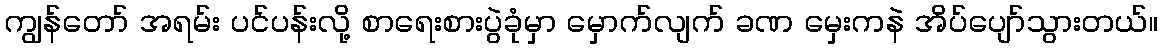
ကျွန်တော် အရမ်း ပင်ပန်းလို့ စာရေးစားပွဲခုံမှာ မှောက်လျက် ခဏ မှေးကနဲ အိပ်ပျော်သွားတယ်။